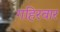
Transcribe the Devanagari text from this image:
गहिरवार